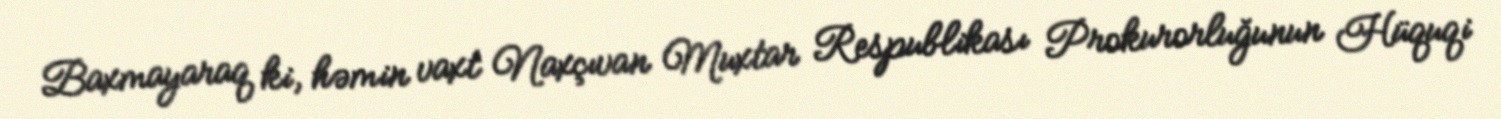
Baxmayaraq ki, həmin vaxt Naxçıvan Muxtar Respublikası Prokurorluğunun Hüquqi